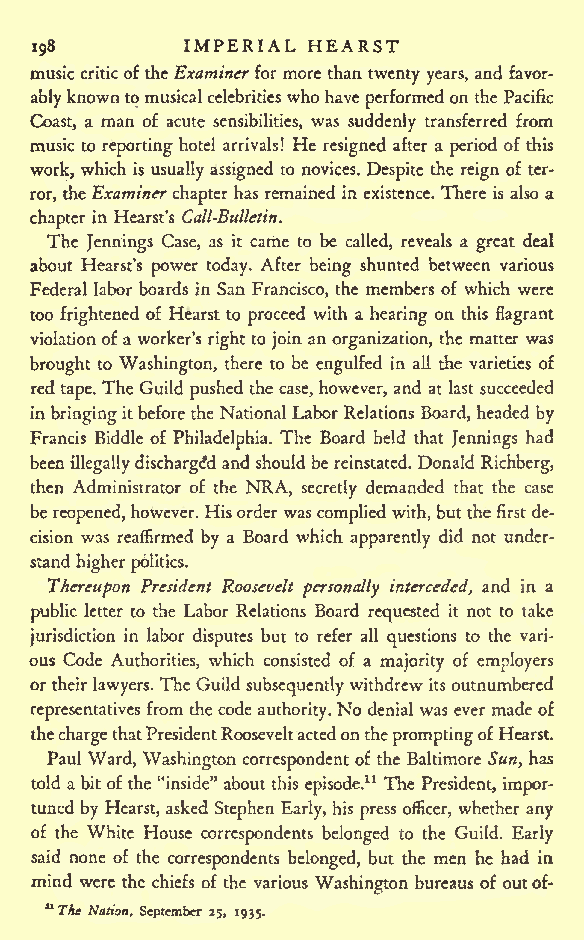
IMPERIAL HEARST
 198
 musiccriticoftheExaminer for more than twenty years, and favor-
 ablyknowntomusicalcelebritieswho have performed on the Pacific
 Coast, a man of acute sensibilities, was suddenly transferred from
 music to reporting hotel arrivals! He resigned after a period of this
 work, which is usually assigned to novices. Despite the reign of ter-
 ror, theExaminer chapter has remained in existence. There is also a
 chapter in Hearst's Call-Bulletin.
 The Jennings Case, as it came to be called, reveals a great deal
 about Hearst's power today. After being shunted between various
 Federal labor boards in San Francisco, the members of which were
 too frightened of Hearst to proceed with a hearing on this flagrant
 violationofa worker's right to join an organization, the matter was
 brought to Washington, there to be engulfed in all the varieties of
 red tape. The Guild pushed the case, however, and at last succeeded
 inbringingitbeforetheNationalLabor Relations Board, headed by
 Francis Riddle of Philadelphia. The Board held that Jennings had
 been illegallydischarged and should bereinstated. Donald Richberg,
 then Administrator of the NRA, demanded that the case
 secretly
 bereopened,however. Hisorder was complied with, butthefirst de-
 cision was reaffirmed by a Board which apparently did not under-
 stand higherpolitics.
 Thereupon President Roosevelt personally interceded, and in a
 public letter to the Labor Relations Board requested it not to take
 jurisdiction in labor disputes but to refer all questions to the vari-
 ous Code Authorities, which consisted of a majority of employers
 ortheirlawyers. TheGuild subsequently withdrewits outnumbered
 representatives from thecode authority.No denial was ever madeof
 thechargethatPresidentRooseveltactedonthepromptingofHearst.
 Paul Ward, Washington correspondent of the Baltimore Sun, has
 told a bit of the "inside" about this episode.11 The President, impor-
 tuned by Hearst, asked Stephen Early, his press officer, whether any
 of the White House correspondents belonged to the Guild. Early
 said none of the correspondents belonged, but the men he had in
 mind were the chiefs of the various Washington bureaus of outof-
 u
 TJte Nation, September 25, 1935.